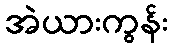
အဲယားကွန်း